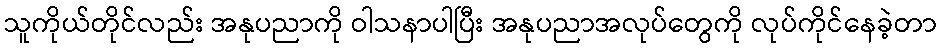
သူကိုယ်တိုင်လည်း အနုပညာကို ဝါသနာပါပြီး အနုပညာအလုပ်တွေကို လုပ်ကိုင်နေခဲ့တာ